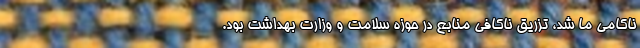
ناکامی ما شد، تزریق ناکافی منابع در حوزه سلامت و وزارت بهداشت بود.